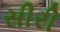
સીરી